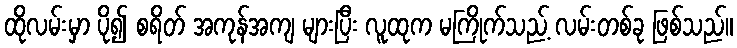
ထိုလမ်းမှာ ပို၍ စရိတ် အကုန်အကျ များပြီး လူထုက မကြိုက်သည့် လမ်းတစ်ခု ဖြစ်သည်။